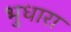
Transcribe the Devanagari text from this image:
भुधारा